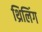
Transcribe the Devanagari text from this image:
थ्रिलिंग